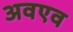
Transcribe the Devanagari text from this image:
अवएव